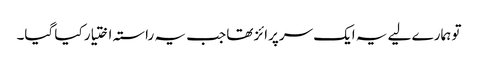
تو ہمارے لیے یہ ایک سرپرائز تھا جب یہ راستہ اختیار کیا گیا۔